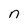
Character: n